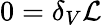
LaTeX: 0=\delta_{V}\mathcal{L}